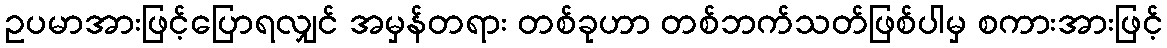
ဥပမာအားဖြင့်ပြောရလျှင် အမှန်တရား တစ်ခုဟာ တစ်ဘက်သတ်ဖြစ်ပါမှ စကားအားဖြင့်